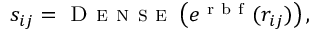
s _ { i j } = \textsc { D e n s e } \left( e ^ { \mathrm { ~ r ~ b ~ f ~ } } ( r _ { i j } ) \right) ,